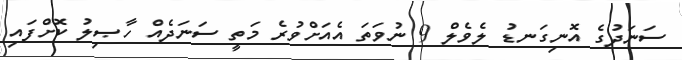
ސަނަދުގެ އޮނިގަނޑު ލެވެލް 9 ނުވަތަ އެއަށްވުރެ މަތީ ސަނަދެއް ހާޞިލު ކޮށްފައި